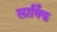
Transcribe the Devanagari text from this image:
लार्विक